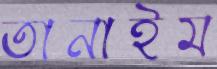
তানাইম